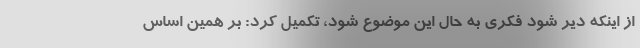
از اینکه دیر شود فکری به حال این موضوع شود، تکمیل کرد: بر همین اساس